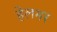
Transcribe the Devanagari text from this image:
हेलमर